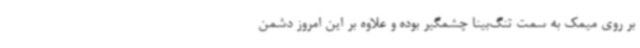
بر روی میمک به سمت تنگ‌بینا چشمگیر بوده و علاوه بر این امروز دشمن